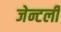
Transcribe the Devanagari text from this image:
जेन्टली